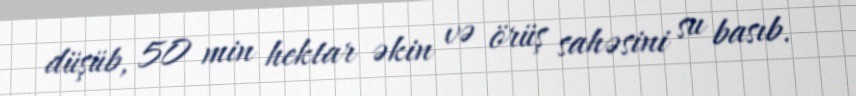
düşüb, 50 min hektar əkin və örüş sahəsini su basıb.